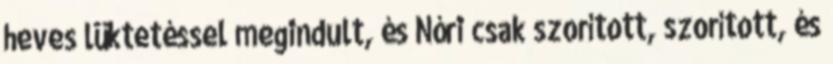
heves lüktetéssel megindult, és Nóri csak szorított, szorított, és